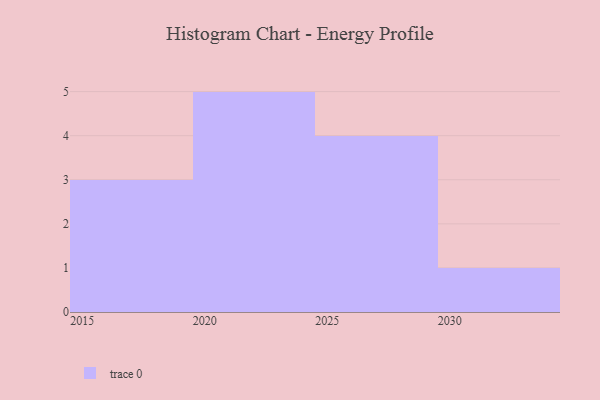
{"axis": {"x": "Year", "y": "Tickets Resolved"}, "legend": [""], "data": [{"x": "2030", "y": 95, "type": ""}, {"x": "2026", "y": 13, "type": ""}, {"x": "2027", "y": 36, "type": ""}, {"x": "2015", "y": 81, "type": ""}, {"x": "2020", "y": 17, "type": ""}, {"x": "2024", "y": 41, "type": ""}, {"x": "2028", "y": 19, "type": ""}, {"x": "2029", "y": 9, "type": ""}, {"x": "2019", "y": 48, "type": ""}, {"x": "2022", "y": 42, "type": ""}, {"x": "2023", "y": 74, "type": ""}, {"x": "2021", "y": 27, "type": ""}, {"x": "2017", "y": 54, "type": ""}]}